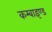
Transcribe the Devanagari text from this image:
कम्बाइण्ड